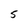
Character: 5